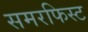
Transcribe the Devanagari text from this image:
समरफिस्ट